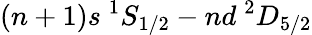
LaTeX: (n+1)s~{}^{1}S_{1/2}-nd~{}^{2}D_{5/2}